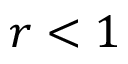
r < 1